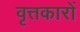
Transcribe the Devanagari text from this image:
वृत्तकारों